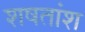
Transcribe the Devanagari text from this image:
शषतांश